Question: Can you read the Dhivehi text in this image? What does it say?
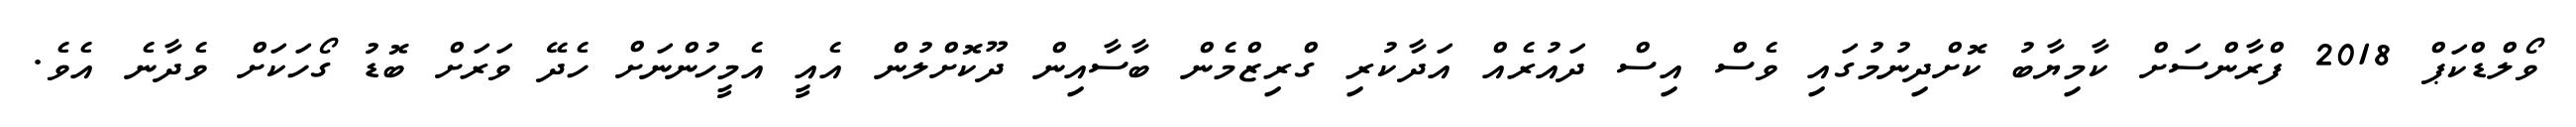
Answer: ވޯލްޑްކަޕް 2018 ފްރާންސަށް ކާމިޔާބު ކޮށްދިނުމުގައި ވެސް އިސް ދައުރެއް އަދާކުރި ގްރިޒްމެން ބާސާއިން ދޫކޮށްލުން އެއީ އެމީހުންނަށް ހެދޭ ވަރަށް ބޮޑު ގޯހަކަށް ވެދާނެ އެވެ.